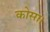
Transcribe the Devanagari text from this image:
कोसा।